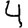
Digit: 4